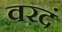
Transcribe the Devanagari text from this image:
वरदं